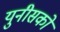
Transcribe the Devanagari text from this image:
युनीसको